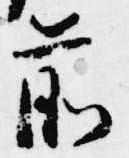
前